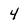
Character: 4